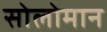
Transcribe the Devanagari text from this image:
सोलोमान